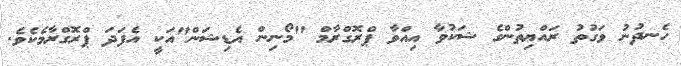
ހެނދުނު ވަގުތު ރައްޔިތުންގެ ޝަކުވާ އިއްވާ ޕްރޮގްރާމް "މޯނިން އެޑިޝަން"އަކީ އެފަދަ ޕްރޮގްރާމެކެވެ.